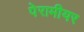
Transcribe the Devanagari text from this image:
पेरामीयर